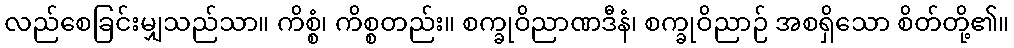
လည်စေခြင်းမျှသည်သာ။ ကိစ္စံ၊ ကိစ္စတည်း။ စက္ခုဝိညာဏဒီနံ၊ စက္ခုဝိညာဉ် အစရှိသော စိတ်တို့၏။